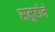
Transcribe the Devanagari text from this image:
समुहोने